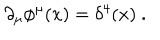
\partial _ { \mu } \phi ^ { \mu } ( x ) = \delta ^ { 4 } ( x ) \ .